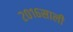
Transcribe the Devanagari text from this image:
२०१६साली